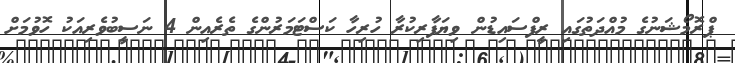
ޕްރޮމޯޝަނުގެ މުއްދަތުގައި ރީފްސައިޑުން ވިޔަފާރިކުރާ ހުރިހާ ކަސްޓަމަރުންގެ ތެރެއިން 4 ނަސީބުވެރިއަކު ހޮވުމަށް